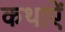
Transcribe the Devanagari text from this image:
कथाऐं